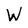
Character: W